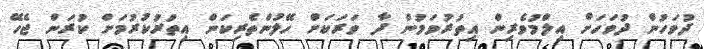
ދުވަހުން ދުވަހަށް އިލްމުވެރިން އިތުރުވަމުން ދާ ވަރަކަށް ހޭލުންތެރިކަން އިތުރުކުރުމަށް ކުރަން ޖެހޭ